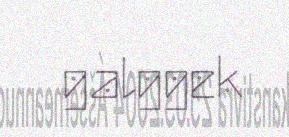
galggek